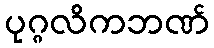
ပုဂ္ဂလိကဘဏ်